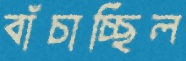
বাঁচাচ্ছিল